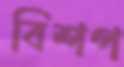
বিশপ